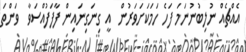
އެއްޗެއް ނުލިބުނުނަމަ ފަހެ ހަމަކަށަވަރުން  އީ ގިނަގިނައިން ފާފަފުއްސަވާ  ވަންތަ